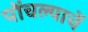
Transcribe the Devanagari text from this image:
पोंचल्याचें